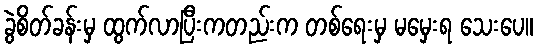
ခွဲစိတ်ခန်းမှ ထွက်လာပြီးကတည်းက တစ်ရေးမှ မမှေးရ သေးပေ။